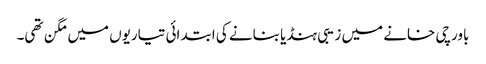
باورچی خانے میں زیبی ہنڈیا بنانے کی ابتدائی تیاریوں میں مگن تھی۔